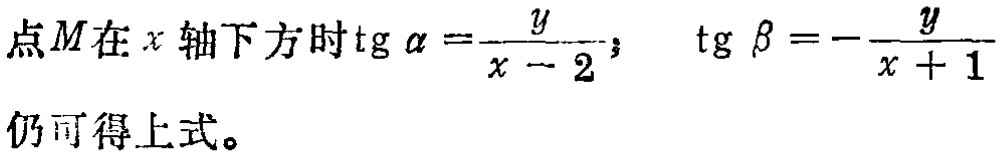
点\(M\)在\(x\)轴下方时\(\text{tg }\alpha =\frac{y}{x - 2}\)；\(\text{tg }\beta =-\frac{y}{x + 1}\)仍可得上式。